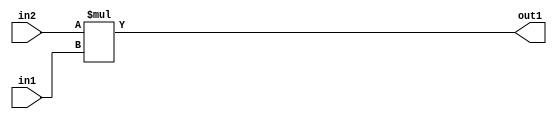
`timescale 1ps / 1ps
/*****************************************************************************
    Verilog RTL Description
    
    
    Created by: Stratus DpOpt 21.05.01 
*******************************************************************************/

module SobelFilter_Mul_32Sx3U_32S_4 (
	in2,
	in1,
	out1
	); /* architecture "behavioural" */ 
input [31:0] in2;
input [2:0] in1;
output [31:0] out1;
wire [31:0] asc001;

assign asc001 = 
	+(in2 * in1);

assign out1 = asc001;
endmodule

/* CADENCE  ubD4SQ8= : u9/ySxbfrwZIxEzHVQQV8Q== ** DO NOT EDIT THIS LINE ******/